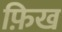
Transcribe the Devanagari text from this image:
फ़िख